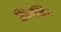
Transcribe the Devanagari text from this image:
रिफैम्पैसिन